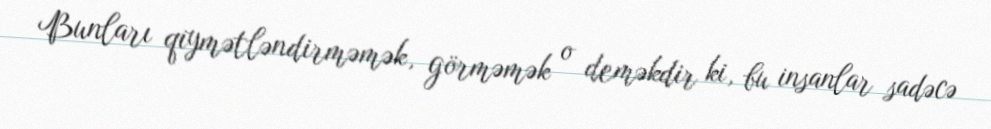
Bunları qiymətləndirməmək, görməmək o deməkdir ki, bu insanlar sadəcə